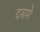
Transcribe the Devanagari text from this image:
दसमे